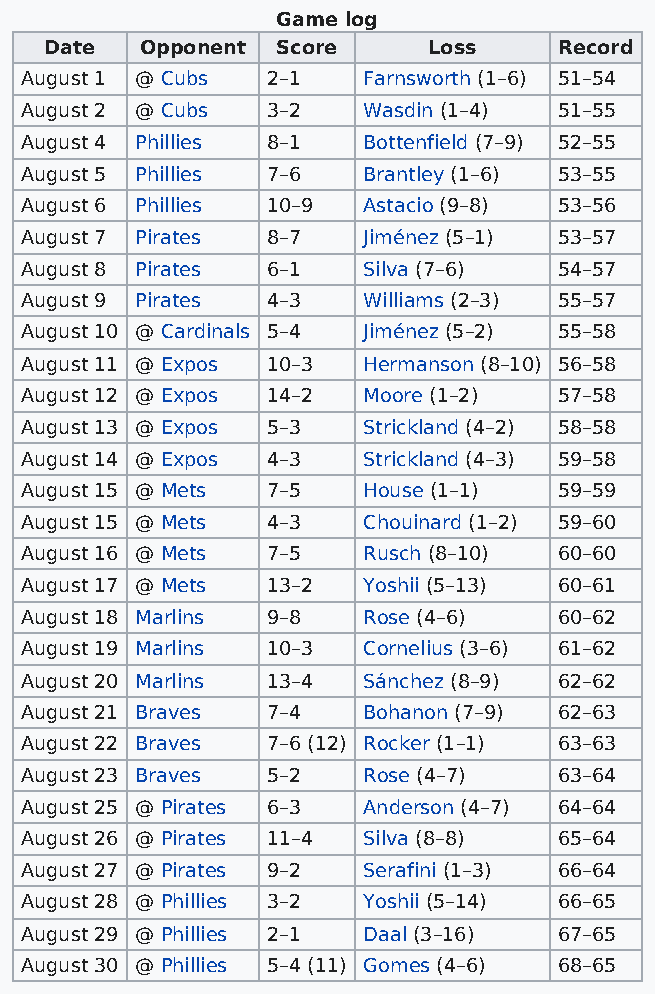
Game log
 Date  Opponent Score     Loss     Record
 August 1 @ Cubs  2–1   Farnsworth (1–6) 51–54
 August 2 @ Cubs  3–2   Wasdin (1–4) 51–55
 August 4 Phillies 8–1  Bottenfield (7–9) 52–55
 August 5 Phillies 7–6  Brantley (1–6) 53–55
 August 6 Phillies 10–9 Astacio (9–8) 53–56
 August 7 Pirates 8–7   Jiménez (5–1) 53–57
 August 8 Pirates 6–1   Silva (7–6)  54–57
 August 9 Pirates 4–3   Williams (2–3) 55–57
 August 10 @ Cardinals 5–4 Jiménez (5–2) 55–58
 August 11 @ Expos 10–3 Hermanson (8–10) 56–58
 August 12 @ Expos 14–2 Moore (1–2)  57–58
 August 13 @ Expos 5–3  Strickland (4–2) 58–58
 August 14 @ Expos 4–3  Strickland (4–3) 59–58
 August 15 @ Mets 7–5   House (1–1)  59–59
 August 15 @ Mets 4–3   Chouinard (1–2) 59–60
 August 16 @ Mets 7–5   Rusch (8–10) 60–60
 August 17 @ Mets 13–2  Yoshii (5–13) 60–61
 August 18 Marlins 9–8  Rose (4–6)   60–62
 August 19 Marlins 10–3 Cornelius (3–6) 61–62
 August 20 Marlins 13–4 Sánchez (8–9) 62–62
 August 21 Braves 7–4   Bohanon (7–9) 62–63
 August 22 Braves 7–6 (12) Rocker (1–1) 63–63
 August 23 Braves 5–2   Rose (4–7)   63–64
 August 25 @ Pirates 6–3 Anderson (4–7) 64–64
 August 26 @ Pirates 11–4 Silva (8–8) 65–64
 August 27 @ Pirates 9–2 Serafini (1–3) 66–64
 August 28 @ Phillies 3–2 Yoshii (5–14) 66–65
 August 29 @ Phillies 2–1 Daal (3–16) 67–65
 August 30 @ Phillies 5–4 (11) Gomes (4–6) 68–65